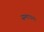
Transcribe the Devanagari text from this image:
समापन।